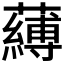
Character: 𮒴